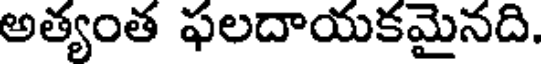
అత్యంత ఫలదాయకమైనది.